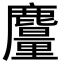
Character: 𪋥